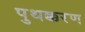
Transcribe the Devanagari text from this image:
पुथक्करण